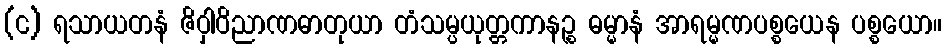
(င) ရသာယတနံ ဇိဝှါဝိညာဏဓာတုယာ တံသမ္ပယုတ္တကာနဉ္စ ဓမ္မာနံ အာရမ္မဏပစ္စယေန ပစ္စယော။